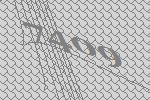
7409